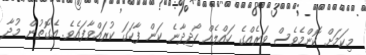
މިކަމަށް ކޮންމެވެސް ވަރެއްގެ ހައްލެއް ހޯދިދާނެ ކަން ފާހަގަ ކުރައްވާފައެވެ. އެގޮތުން މުދާ